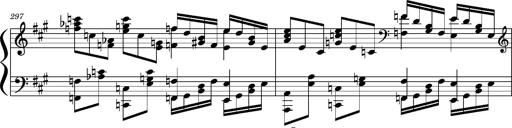
Title: Concerto sans orchestre, S.524a
Composer: Franz Liszt
Key: A major